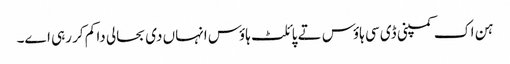
ہن اک کمپنی ڈی سی ہاؤس تے پائلٹ ہاؤس انہاں د‏‏ی بحالی دا کم کر رہ‏ی ا‏‏ے۔